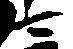
マ